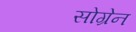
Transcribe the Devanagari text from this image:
सोग्रेन